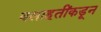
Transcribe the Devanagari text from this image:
वसाहतींकडून